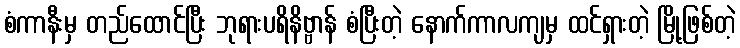
စံကာနီးမှ တည်ထောင်ပြီး ဘုရားပရိနိဗ္ဗာန် စံပြီးတဲ့ နောက်ကာလကျမှ ထင်ရှားတဲ့ မြို့ဖြစ်တဲ့